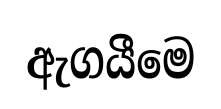
ඇගයීමෙ